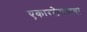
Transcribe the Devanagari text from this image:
एकारलेपणाचा